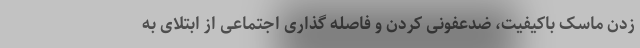
زدن ماسک باکیفیت، ضدعفونی کردن و فاصله گذاری اجتماعی از ابتلای به